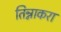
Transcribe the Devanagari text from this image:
तिन्नाकरा